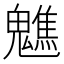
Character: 𩴧